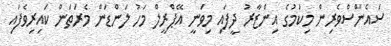
ސައެންސްވެރިން މިކަމުގެ އިންޒާރު ދީފައި މިވަނީ އޭޕްރީލް މަހު ލަންޑަން މެރަތަން ކައިރިވެފައި